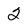
Character: 2